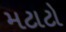
મટાટો